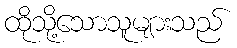
ထိုသို့သောသူများသည်